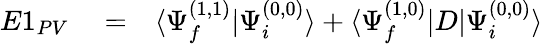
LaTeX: \begin{array}{rlr}{E1_{PV}}&{{}=}&{\langle\Psi_{f}^{(1,1)}|\Psi_{i}^{(0,0)}\rangle+\langle\Psi_{f}^{(1,0)}|D|\Psi_{i}^{(0,0)}\rangle}\end{array}